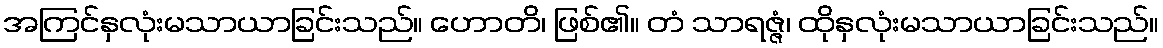
အကြင်နှလုံးမသာယာခြင်းသည်။ ဟောတိ၊ ဖြစ်၏။ တံ သာရဇ္ဇံ၊ ထိုနှလုံးမသာယာခြင်းသည်။